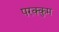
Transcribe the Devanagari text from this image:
परक्कुम